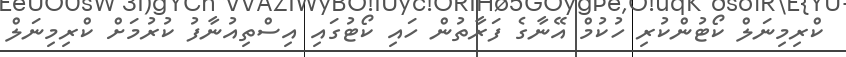
ކްރިމިނަލް ކޯޓުންކުރި ހުކުމް އޭނާގެ ފަރާތުން ހައި ކޯޓުގައި އިސްތިއުނާފު ކުރުމަށް ކްރިމިނަލް